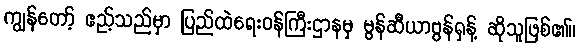
ကျွန်တော့် ဧည့်သည်မှာ ပြည်ထဲရေးဝန်ကြီးဌာနမှ မွန်ဆီယာဗွန်ရှန့် ဆိုသူဖြစ်၏။